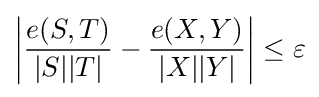
\left|{\frac {e(S,T)}{|S||T|}}-{\frac {e(X,Y)}{|X||Y|}}\right|\leq \varepsilon